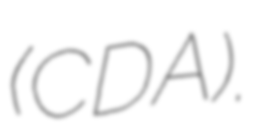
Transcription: (CDA).